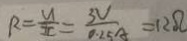
R = \frac { u } { I C } = \frac { 3 V } { 0 . 2 5 A } = 1 2 \Omega